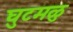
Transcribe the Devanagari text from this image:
घुटमळु